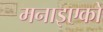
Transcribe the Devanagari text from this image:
मनाइएको